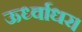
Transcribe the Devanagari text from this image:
ऊर्ध्वाधर।